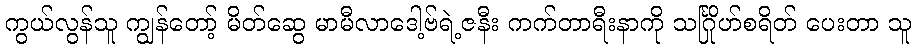
ကွယ်လွန်သူ ကျွန်တော့် မိတ်ဆွေ မာမီလာဒေါ့ဗ်ရဲ့ဇနီး ကက်တာရီးနာကို သင်္ဂြိုဟ်စရိတ် ပေးတာ သူ